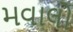
મવાલો